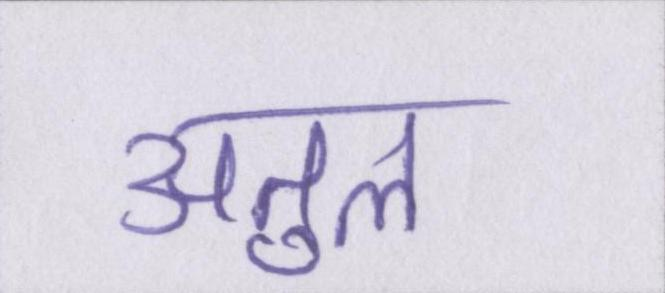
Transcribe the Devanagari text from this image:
अतुल